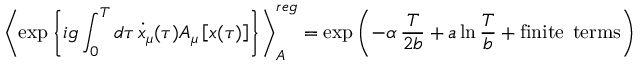
\left\langle \exp \left\{ i g \int _ { 0 } ^ { T } d \tau \, { \dot { x } } _ { \mu } ( \tau ) A _ { \mu } \left[ x ( \tau ) \right] \right\} \right\rangle _ { A } ^ { r e g } = \exp \left( - \alpha \, \frac { T } { 2 b } + a \ln \frac { T } { b } + \mathrm { f i n i t e } \; \, \mathrm { t e r m s } \right)